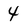
Character: 4